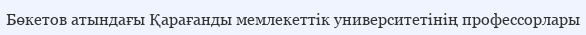
Бөкетов атындағы Қарағанды мемлекеттік университетінің профессорлары